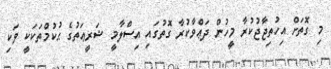
މި ގޮތަށް އިހުތިޖާޖުކުރާ މީހުން ދަޢްވާކުރާ ގޮތުގައި އިސްލާމީ ޝަރީޢަތުގެ ޙުކުމްތަކަކީ ވަކި